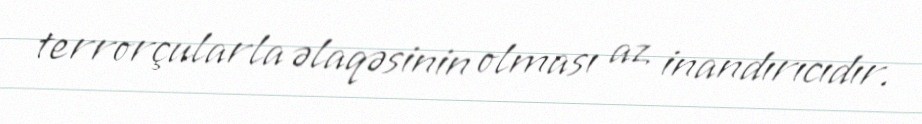
terrorçularla əlaqəsinin olması az inandırıcıdır.